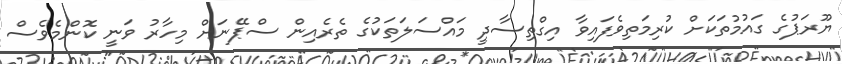
ޔޫރަޕުގެ ގައުމުތަކަށް ކުރިމަތިވެފައިވާ އިގްތިސާދީ މައްސަލަތަކުގެ ތެރެއިން ސްޕޭނަށް މިހާރު ވަނީ ކޮންމެވެސް